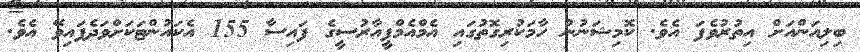
ބިލިއަންއަށް އިތުރުވެފަ އެވެ. ކޮމިޝަނުން ހާމަކުރިގޮތުގައި އެމްއެމްޕީއާރުސީގެ ފައިސާ 155 އެކައުންޓަކަށްވަދެފައިވޭ އެވެ.